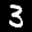
Label: 3